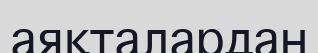
аяқталардан